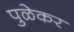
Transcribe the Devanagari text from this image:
पुळेकर